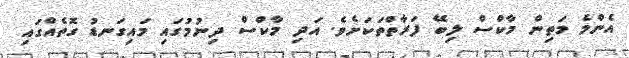
އެންމެ މަތިން މާކްސް ލިބޭ ފަރާތްތަކަށެވެ. އަދި މާކްސް ދިނުމުގައި މައިގަނޑު ގޮތެއްގައި